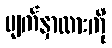
မျက်နှာထားကို